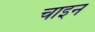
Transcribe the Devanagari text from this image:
चाइन